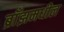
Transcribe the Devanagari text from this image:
ब्राँझमधील